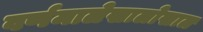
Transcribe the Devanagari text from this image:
वर्णमालेखालोखाल